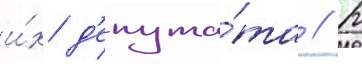
и́х д'епута́та // К